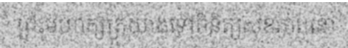
ព្រះមហាក្សត្រយាងទៅពិនិត្យសុខភាពនៅ